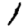
Digit: 1